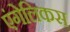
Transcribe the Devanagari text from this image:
एंगेलिकस